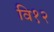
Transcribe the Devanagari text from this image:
वि१२